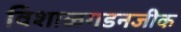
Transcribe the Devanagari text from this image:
विशाळगडनजीक